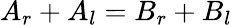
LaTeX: A_{r}+A_{l}=B_{r}+B_{l}